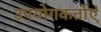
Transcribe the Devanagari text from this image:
उपयोगकर्ताएं